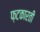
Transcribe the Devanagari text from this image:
फ़टकारती